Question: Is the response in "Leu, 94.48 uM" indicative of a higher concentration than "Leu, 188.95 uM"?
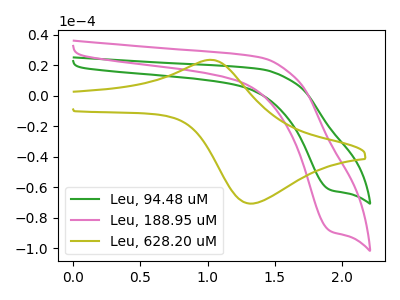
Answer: <think>The green curve "Leu, 94.48 uM" has a cathodic peak at: (1.90V, -61.85uA). The pink curve "Leu, 188.95 uM" has a cathodic peak at: (1.90V, -88.85uA). The olive curve "Leu, 628.20 uM" has an anodic peak at (1.00V, 23.55uA) and a cathodic peak at (1.35V, -70.75uA).
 All the peaks in "Leu, 94.48 uM" have a peak in "Leu, 188.95 uM" at the same potential. Every peak in "Leu, 94.48 uM" is lower than every peak in "Leu, 188.95 uM".</think>
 <answer>"Leu, 94.48 uM" has less signal than "Leu, 188.95 uM".</answer>
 <eval>less_signal</eval>